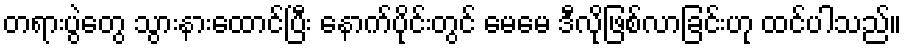
တရားပွဲတွေ သွားနားထောင်ပြီး နောက်ပိုင်းတွင် မေမေ ဒီလိုဖြစ်လာခြင်းဟု ထင်ပါသည်။